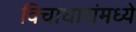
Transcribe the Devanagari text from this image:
विचाधारांमध्ये